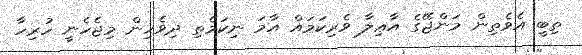
ތިބީ އެވެތިން މަންޖޭގެ އާޢިލާ ވެރިކަމައް އާާމަ ނިކަމެތި ދިވެހިން މިޖެހެނީ ހުރިހާ